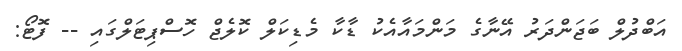
އަބްދުލް ބަޖަންދަރު އޭނާގެ މަންމައާއެކު ޑާކާ މެޑިކަލް ކޮލެޖް ހޮސްޕިޓަލްގައި -- ފޮޓޯ: